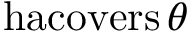
\operatorname { h a c o v e r s } \theta